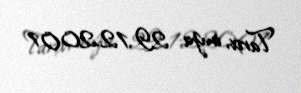
Tarix, imza: 29.12.2001